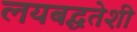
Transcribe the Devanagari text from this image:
लयबद्धतेशी